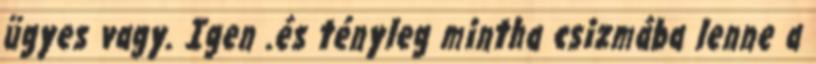
ügyes vagy. Igen .és tényleg mintha csizmába lenne a